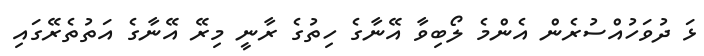
ޅަ ދުވަހުއްސުރެން އެންމެ ލޯބިވާ އޭނާގެ ހިތުގެ ރާނީ މިރޭ އޭނާގެ އަތުތެރޭގައި